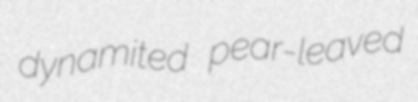
dynamited pear-leaved